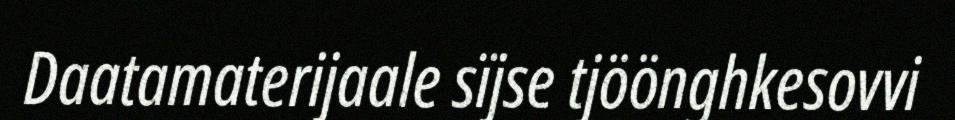
Daatamaterijaale sïjse tjöönghkesovvi